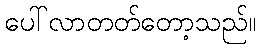
ပေါ်လာတတ်တော့သည်။